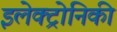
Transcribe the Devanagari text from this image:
इलेक्ट्रोनिकी